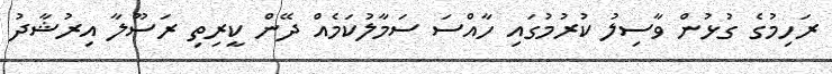
ރަހިމުގެ ގުޅުން ވާސިލު ކުރުމުގައި ހާއްސަ ސަމާލުކަމެއް ދޭން ކީރިތި ރަސޫލާ އިރުޝާދު